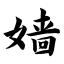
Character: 嫱